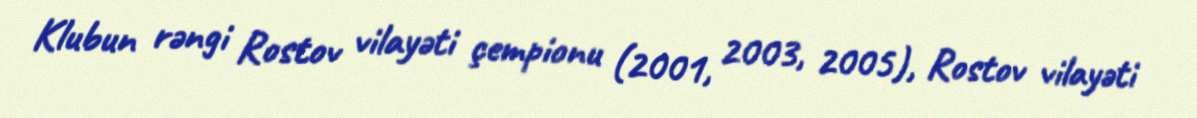
Klubun rəngi Rostov vilayəti çempionu (2001, 2003, 2005), Rostov vilayəti